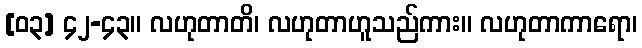
[၀၃] ၄၂-၄၃။ လဟုတာတိ၊ လဟုတာဟူသည်ကား။ လဟုတာကာရော၊